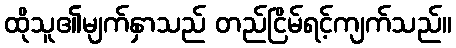
ထိုသူ၏မျက်နှာသည် တည်ငြိမ်ရင့်ကျက်သည်။